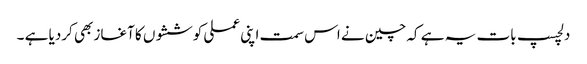
دلچسپ بات یہ ہے کہ چین نے اس سمت اپنی عملی کوششوں کا آغاز بھی کردیا ہے ۔